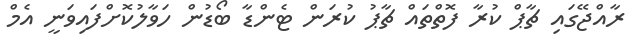
ރާއްޖޭގައި ޗާޕް ކުރާ ފޮތްތައް ޗާޕު ކުރަން ޓެންޑާ ބޯޑުން ހަވާލުކޮށްފައިވަނީ އެމް